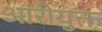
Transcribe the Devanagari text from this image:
आरीयुक्त